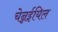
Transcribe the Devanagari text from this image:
चेन्नईयिल